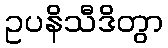
ဥပနိသီဒိတွာ